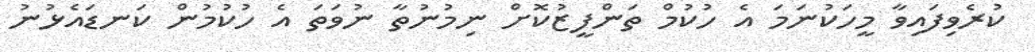
ކުރެވިފައިވާ މީހަކުނަމަ އެ ހުކުމް ތަންފީޒުކޮށް ނިމުނުތާ ނުވަތަ އެ ހުކުމުން ކަނޑައެޅުނު